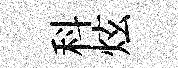
科炫